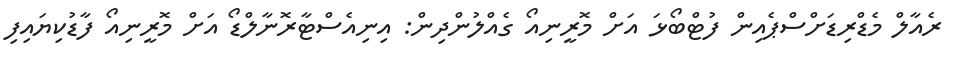
ރެއާލް މެޑްރިޑަށްސްޕެއިން ފުޓްބޯޅަ އަށް މޮރީނިއޯ ގެއްލުންދިން: އިނިއެސްޓާރޮނާލްޑޯ އަށް މޮރީނިއޯ ފާޑުކިޔައިފި